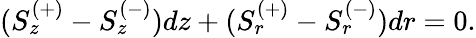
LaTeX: (S_{z}^{(+)}-S_{z}^{(-)})dz+(S_{r}^{(+)}-S_{r}^{(-)})dr=0.